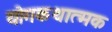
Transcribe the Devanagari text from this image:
योगकथात्मक